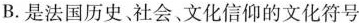
B.是法国历史、社会、文化信仰的文化符号